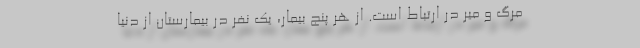
مرگ و میر در ارتباط است. از هر پنج بیمار، یک نفر در بیمارستان از دنیا